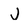
Character: j